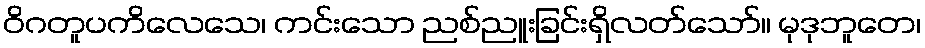
ဝိဂတူပကိလေသေ၊ ကင်းသော ညစ်ညူးခြင်းရှိလတ်သော်။ မုဒုဘူတေ၊